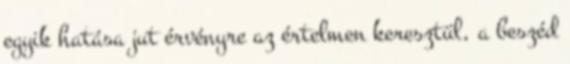
egyik hatása jut érvényre az értelmen keresztül, a beszéd